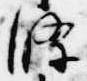
条